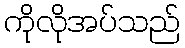
ကိုလိုအပ်သည်